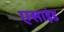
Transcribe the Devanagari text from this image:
एसाइंड